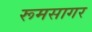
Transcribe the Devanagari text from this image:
रूमसागर